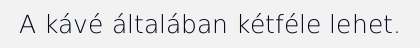
A kávé általában kétféle lehet.